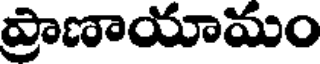
ప్రాణాయామం